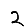
Digit: 2